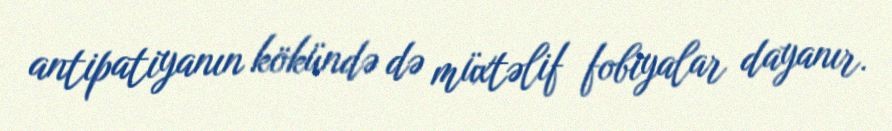
antipatiyanın kökündə də müxtəlif fobiyalar dayanır.